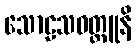
သောဠသဝတ္ထူနိ